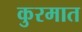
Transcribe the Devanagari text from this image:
कुरमात